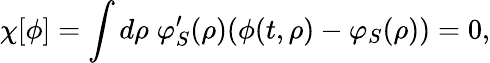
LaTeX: \chi[\phi]=\int d\rho\; \varphi_{S}^{\prime}(\rho)(\phi(t,\rho)-\varphi_{S}(\rho))=0,